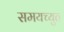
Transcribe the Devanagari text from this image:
समयच्युत